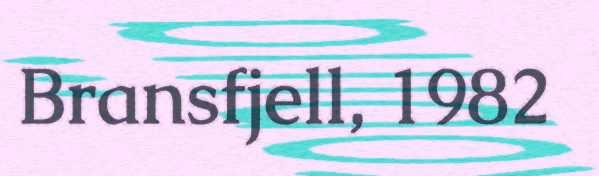
Bransfjell, 1982